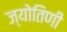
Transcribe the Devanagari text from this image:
ज्योतिणी